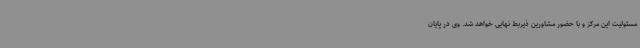
مسئولیت این مرکز و با حضور مشاورین ذیربط نهایی خواهد شد. وی در پایان